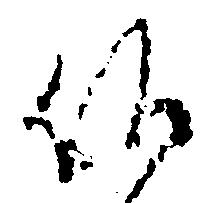
候